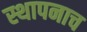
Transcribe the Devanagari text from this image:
स्थापनाच